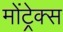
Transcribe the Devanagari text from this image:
मोंट्रेक्स